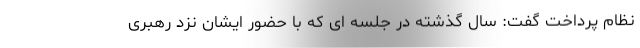
نظام پرداخت گفت: سال گذشته در جلسه ای که با حضور ایشان نزد رهبری